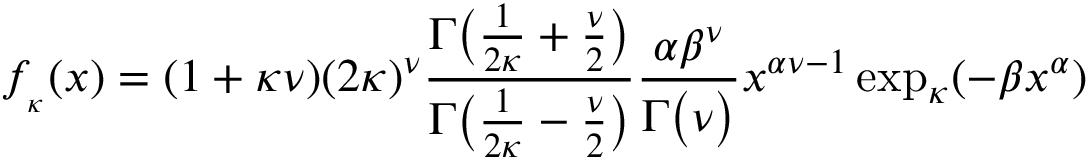
f _ { _ { \kappa } } ( x ) = ( 1 + \kappa \nu ) ( 2 \kappa ) ^ { \nu } { \frac { \Gamma { \big ( } { \frac { 1 } { 2 \kappa } } + { \frac { \nu } { 2 } } { \big ) } } { \Gamma { \big ( } { \frac { 1 } { 2 \kappa } } - { \frac { \nu } { 2 } } { \big ) } } } { \frac { \alpha \beta ^ { \nu } } { \Gamma { \big ( } \nu { \big ) } } } x ^ { \alpha \nu - 1 } \exp _ { \kappa } ( - \beta x ^ { \alpha } )